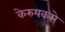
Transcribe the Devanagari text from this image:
केरुयकसे